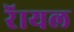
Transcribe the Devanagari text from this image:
रॅायल